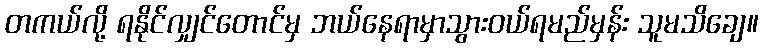
တကယ်လို့ ရနိုင်လျှင်တောင်မှ ဘယ်နေရာမှာသွားဝယ်ရမည်မှန်း သူမသိချေ။